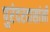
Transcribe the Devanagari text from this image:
पुरंदरदासांनी